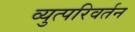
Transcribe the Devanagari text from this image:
व्युत्परिवर्तन